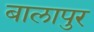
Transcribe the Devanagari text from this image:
बालापुर